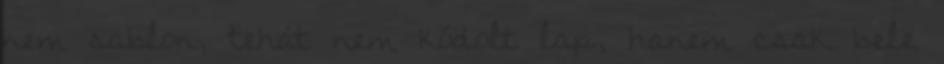
nem sablon, tehát nem kódolt lap, hanem csak bele